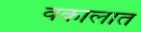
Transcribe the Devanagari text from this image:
वकालात